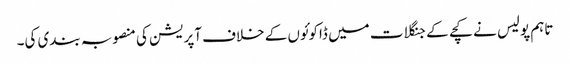
تاہم پولیس نے کچے کے جنگلات میں ڈاکوئوں کے خلاف آپریشن کی منصوبہ بندی کی۔